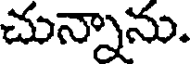
చున్నాను.